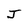
Character: J